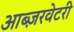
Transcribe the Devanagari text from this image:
आब्ज़रवेटरी